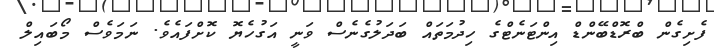
ފެށިގެން ބްރޮޑްބޭންޑް އިންޓަނެޓްގެ ހިދުމަތައް ބަދަލުގެނެސް ވަނީ އަގުހެޔޮ ކޮށްފައެވެ. ނަމަވެސް މޯބައިލް